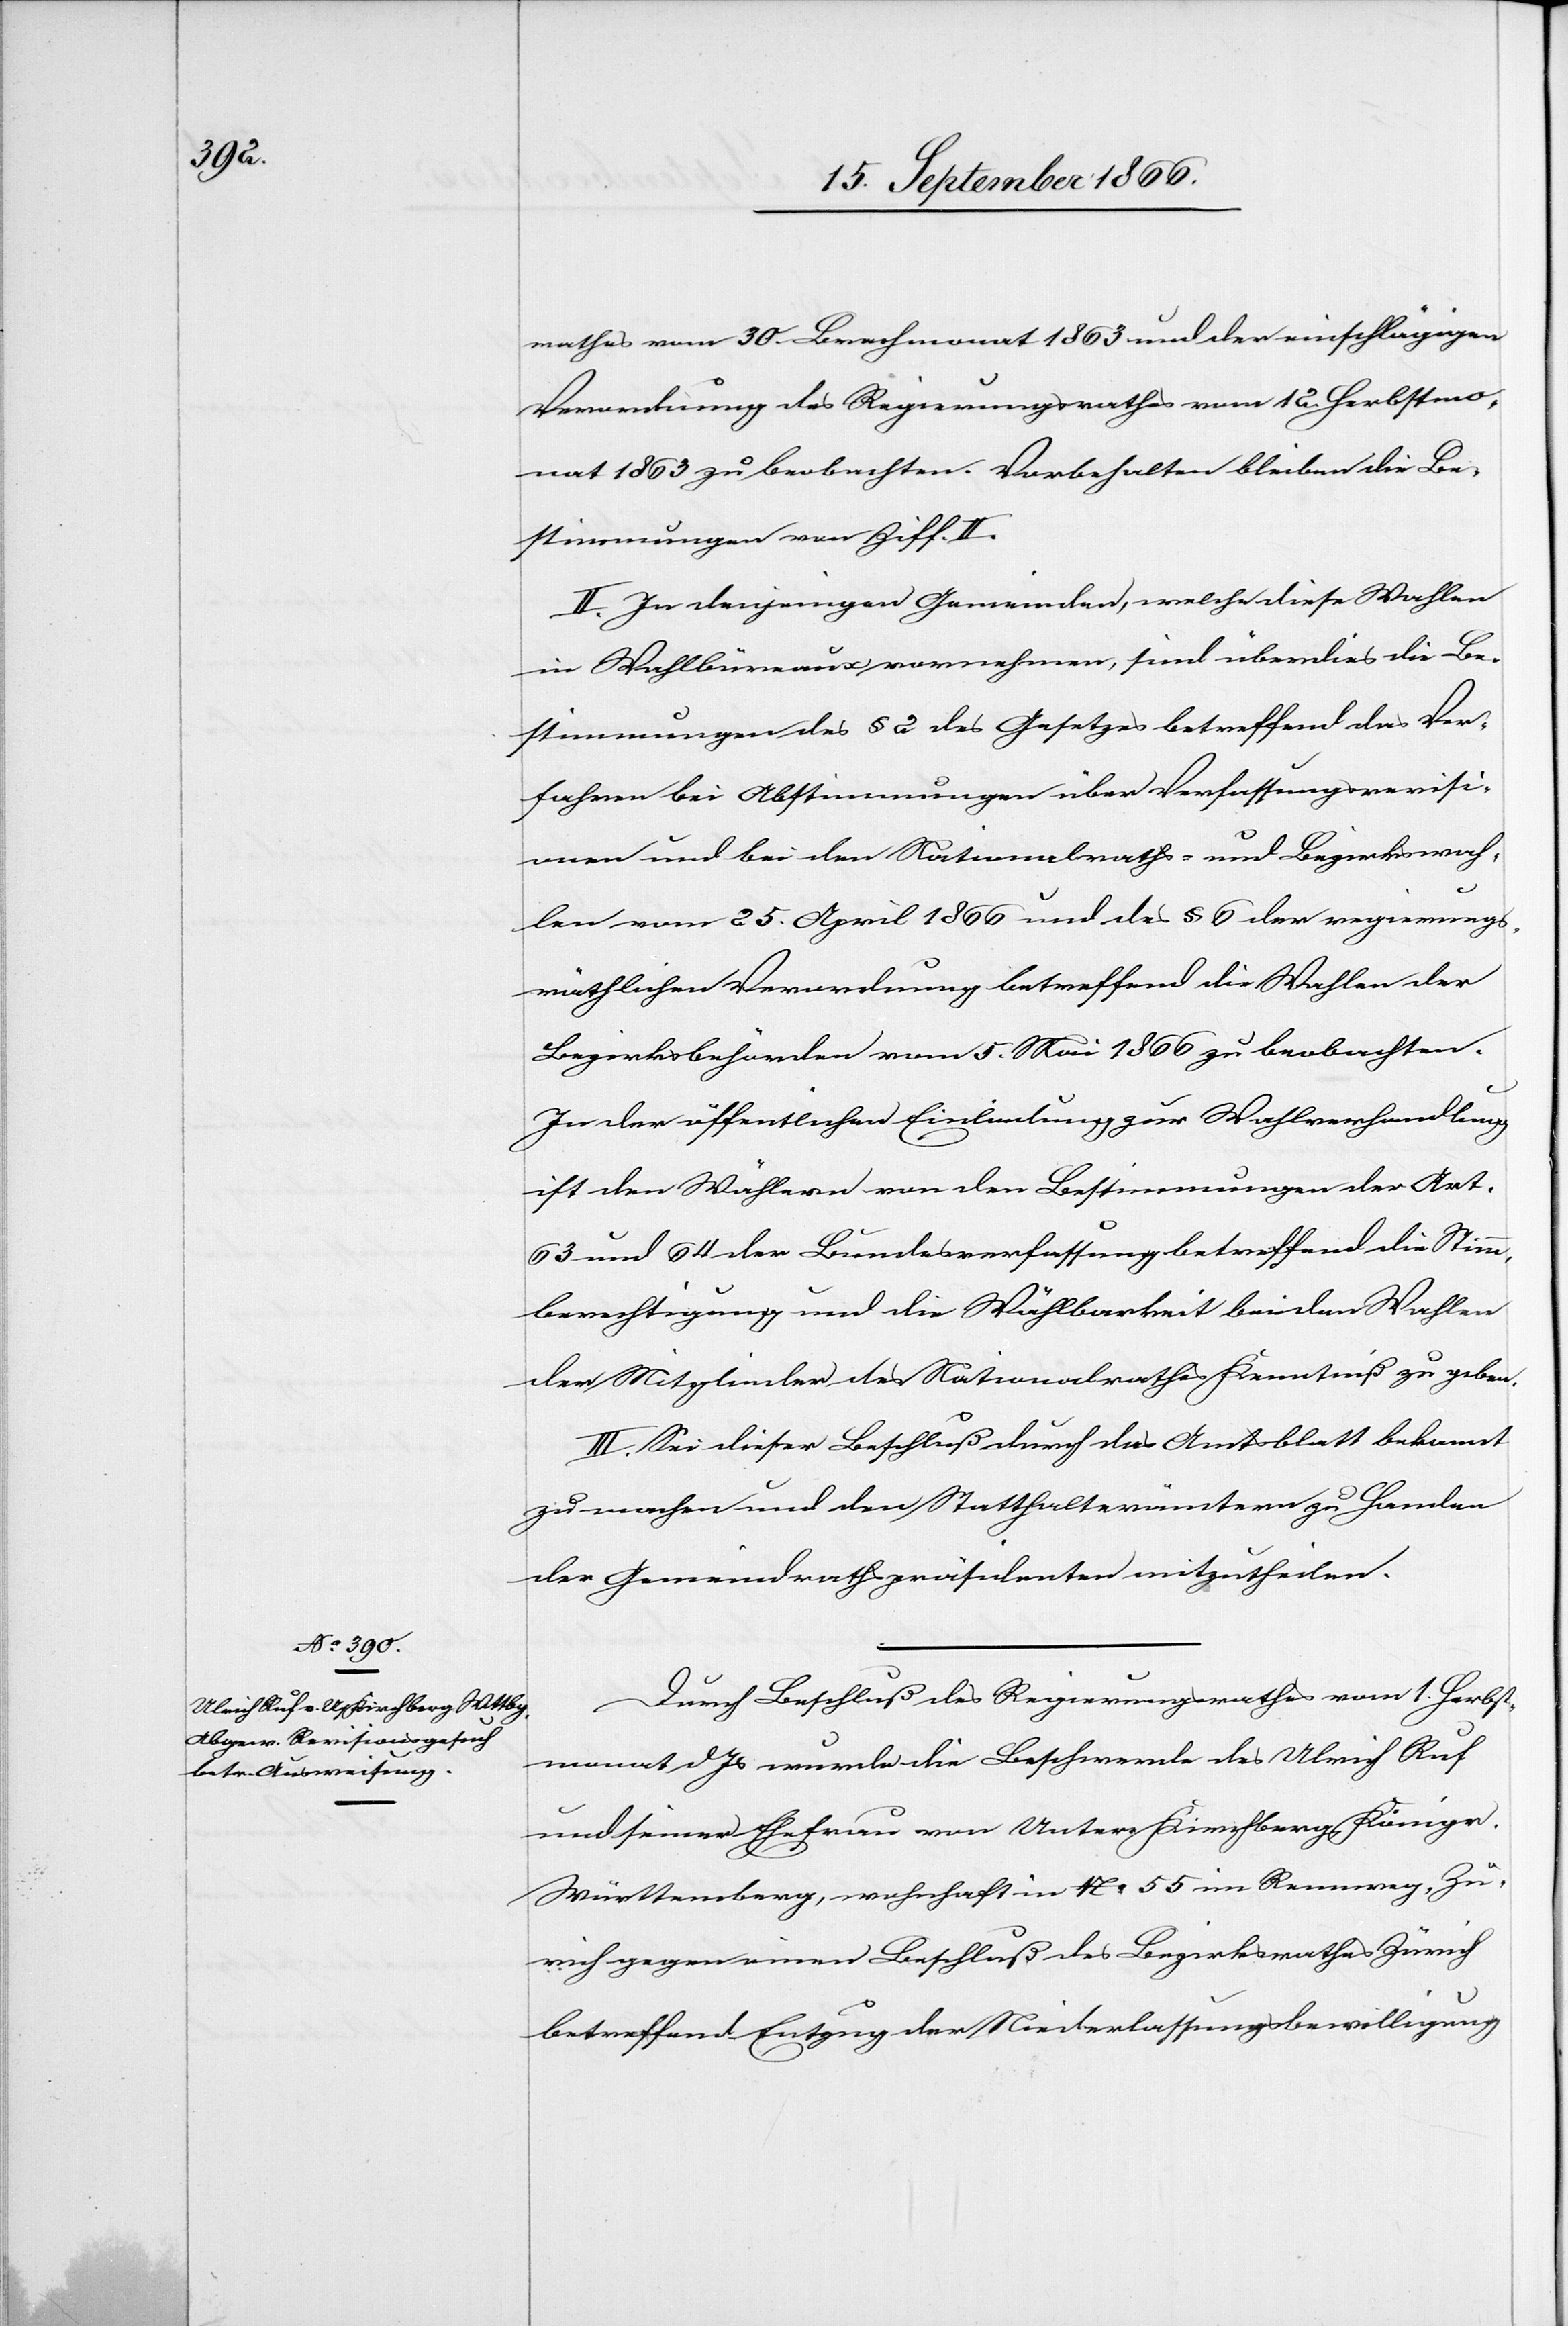
rathes vom 30. Brachmonat 1863 und der einschlägigen
Verordnung des Regierungsrathes vom 12. Herbstmo¬
nat 1863 zu beobachten. Vorbehalten bleiben die Be¬
stimmungen von Ziff. II.
II. In denjenigen Gemeinden, welche diese Wahlen
in Wahlbüreaux vornehmen, sind überdies die Be¬
stimmungen des § 2 des Gesetzes betreffend das Ver¬
fahren bei Abstimmungen über Verfassungsrevisi¬
onen und bei den Nationalraths- und Bezirkswah¬
len vom 25. April 1866 und des § 6 der regierungs¬
räthlichen Verordnung betreffend die Wahlen der
Bezirksbehörden vom 5. Mai 1866 zu beobachten.
In der öffentlichen Einladung zur Wahlverhandlung
ist den Wählern von den Bestimmungen der Art.
63 und 64 der Bundesverfassung betreffend die Stimm¬
berechtigung und die Wählbarkeit bei den Wahlen
der Mitglieder des Nationalrathes Kenntniß zu geben.
III. Sei dieser Beschluß durch das Amtsblatt bekannt
zu machen und den Statthalterämtern zu Handen
der Gemeindrathspräsidenten mitzutheilen.
Durch Beschluß des Regierungsrathes vom 1. Herbst¬
monat dJs wurde die Beschwerde des Ulrich Ruf
und seiner Ehefrau von Unter-Kirchberg, Königr.
Württemberg, wohnhaft in No. 55 im Rennweg, Zü¬
rich gegen einen Beschluß des Bezirksrathes Zürich
betreffend Entzug der Niederlassungsbewilligung